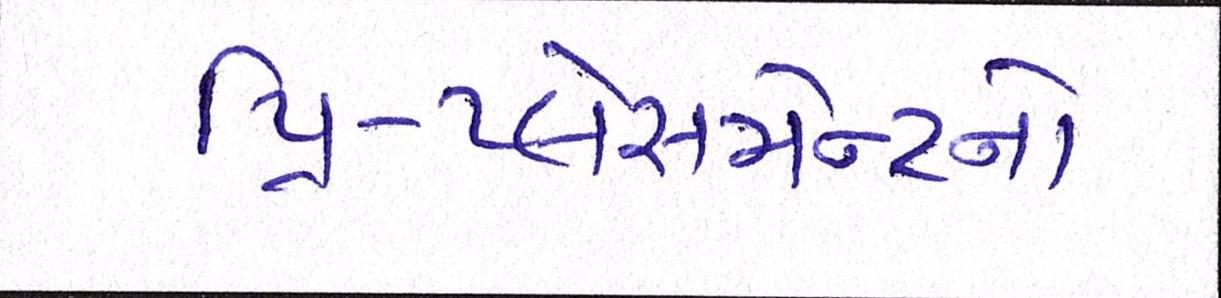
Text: પ્રિ-પ્લેસમેન્ટનો